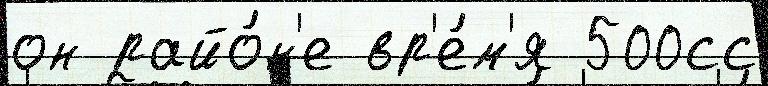
он райо́н'е вр'е́м'я 500сс